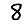
Digit: 8